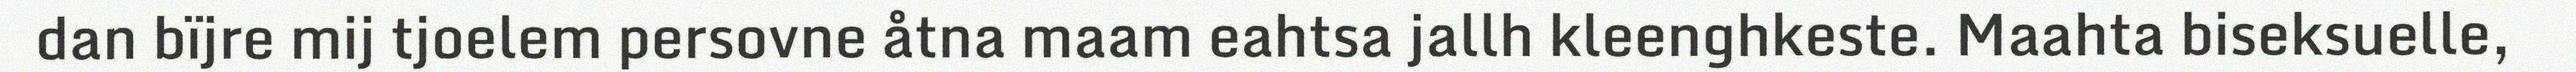
dan bïjre mij tjoelem persovne åtna maam eahtsa jallh kleenghkeste. Maahta biseksuelle,